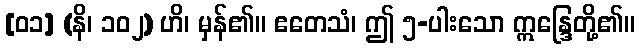
[၀၁] (နိ၊ ၁၀၂) ဟိ၊ မှန်၏။ ဧတေသံ၊ ဤ ၅-ပါးသော ဣန္ဒြေတို့၏။